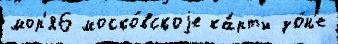
мор'я6 моско́вскоjе ка́рты зо́н'е